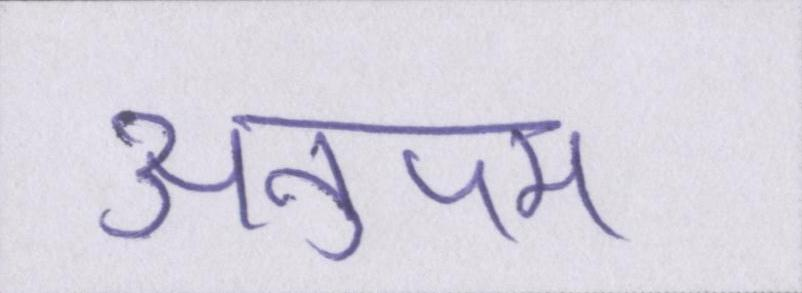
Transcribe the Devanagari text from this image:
अनुपम